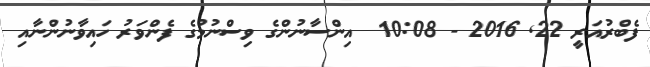
ފެބްރުއަރީ 22